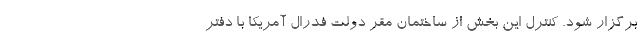
برگزار شود. کنترل این بخش از ساختمان مقر دولت فدرال آمریکا با دفتر